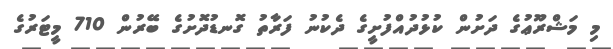
މި މަޝްރޫޢުގެ ދަށުން ކުޅުދުއްފުށީގެ ދެކުނު ފަރާތު ގޮނޑުދޮށުގެ ބޭރުން 710 މީޓަރުގެ